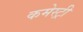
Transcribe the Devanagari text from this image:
कमेस्ट्री